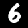
Digit: 6